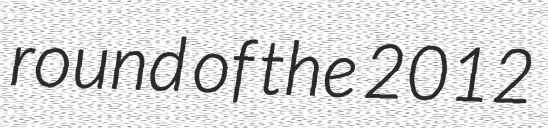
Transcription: round of the 2012